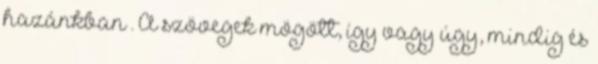
hazánkban”. A szövegek mögött, így vagy úgy, mindig és